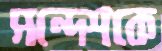
সন্দেশকে